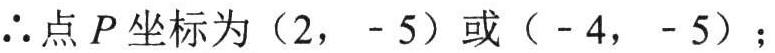
\(\therefore\)点\(P\)坐标为\((2, - 5)\)或\(( - 4, - 5)\)；